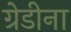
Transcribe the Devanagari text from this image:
ग्रेडीना